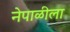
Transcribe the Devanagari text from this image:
नेपाळीला